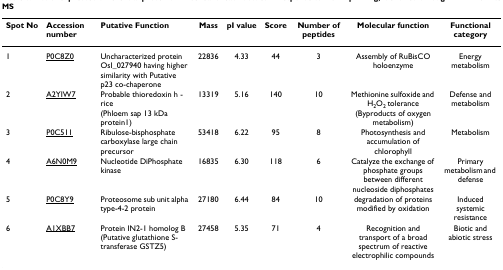
<table><thead><tr><td><b>Spot No</b></td><td><b>Accession number</b></td><td><b>Putative Function</b></td><td><b>Mass</b></td><td><b>pI value</b></td><td><b>Score</b></td><td><b>Number of peptides</b></td><td><b>Molecular function</b></td><td><b>Functional category</b></td></tr></thead><tbody><tr><td>1</td><td>P0C8Z0</td><td>Uncharacterized protein OsI_027940 having higher similarity with Putative p23 co-chaperone</td><td>22836</td><td>4.33</td><td>44</td><td>3</td><td>Assembly of RuBisCO holoenzyme</td><td>Energy metabolism</td></tr><tr><td>2</td><td>A2YIW7</td><td>Probable thioredoxin h - rice (Phloem sap 13 kDa protein1)</td><td>13319</td><td>5.16</td><td>140</td><td>10</td><td>Methionine sulfoxide and H<sub>2</sub>O<sub>2 </sub>tolerance (Byproducts of oxygen metabolism)</td><td>Defense and metabolism</td></tr><tr><td>3</td><td>P0C511</td><td>Ribulose-bisphosphate carboxylase large chain precursor</td><td>53418</td><td>6.22</td><td>95</td><td>8</td><td>Photosynthesis and accumulation of chlorophyll</td><td>Metabolism</td></tr><tr><td>4</td><td>A6N0M9</td><td>Nucleotide DiPhosphate kinase</td><td>16835</td><td>6.30</td><td>118</td><td>6</td><td>Catalyze the exchange of phosphate groups between different nucleoside diphosphates</td><td>Primary metabolism and defense</td></tr><tr><td>5</td><td>P0C8Y9</td><td>Proteosome sub unit alpha type-4-2 protein</td><td>27180</td><td>6.44</td><td>84</td><td>10</td><td>degradation of proteins modified by oxidation</td><td>Induced systemic resistance</td></tr><tr><td>6</td><td>A1XBB7</td><td>Protein IN2-1 homolog B (Putative glutathione S-transferase GSTZ5)</td><td>27458</td><td>5.35</td><td>71</td><td>4</td><td>Recognition and transport of a broad spectrum of reactive electrophilic compounds</td><td>Biotic and abiotic stress</td></tr></tbody></table>